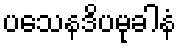
ပသေနဒိပမုခါနံ